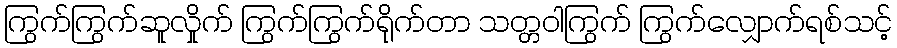
ကြွက်ကြွက်ဆူလှိုက် ကြွက်ကြွက်ရိုက်တာ သတ္တဝါကြွက် ကြွက်လျှောက်ရစ်သင့်